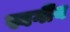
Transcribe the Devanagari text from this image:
स्वगींय